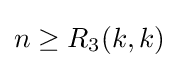
n\geq R_{3}(k,k)